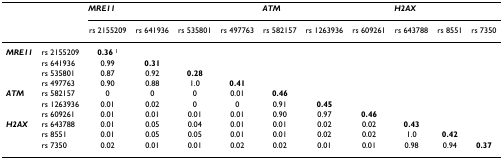
|  |  | <COLSPAN=4> MRE11 | <COLSPAN=3> ATM | <COLSPAN=3> H2AX |
 |  |  | rs 2155209 | rs 641936 | rs 535801 | rs 497763 | rs 582157 | rs 1263936 | rs 609261 | rs 643788 | rs 8551 | rs 7350 |
 | --- | --- | --- | --- | --- | --- | --- | --- | --- | --- | --- | --- |
 | MRE11 | rs 2155209 | 0.36 1 |  |  |  |  |  |  |  |  |  |
 |  | rs 641936 | 0.99 | 0.31 |  |  |  |  |  |  |  |  |
 |  | rs 535801 | 0.87 | 0.92 | 0.28 |  |  |  |  |  |  |  |
 |  | rs 497763 | 0.90 | 0.88 | 1.0 | 0.41 |  |  |  |  |  |  |
 | ATM | rs 582157 | 0 | 0 | 0 | 0.01 | 0.46 |  |  |  |  |  |
 |  | rs 1263936 | 0.01 | 0.02 | 0 | 0 | 0.91 | 0.45 |  |  |  |  |
 |  | rs 609261 | 0.01 | 0.01 | 0.01 | 0.01 | 0.90 | 0.97 | 0.46 |  |  |  |
 | H2AX | rs 643788 | 0.01 | 0.05 | 0.04 | 0.01 | 0.01 | 0.02 | 0.02 | 0.43 |  |  |
 |  | rs 8551 | 0.01 | 0.05 | 0.05 | 0.01 | 0.01 | 0.02 | 0.02 | 1.0 | 0.42 |  |
 |  | rs 7350 | 0.02 | 0.01 | 0.01 | 0.02 | 0.02 | 0.01 | 0.01 | 0.98 | 0.94 | 0.37 |